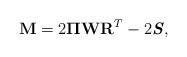
LaTeX: \begin{align*}\displaystyle \mathbf{M}=2\boldsymbol{\Pi}\mathbf{W}\mathbf{R}^T-2\boldsymbol{\mathit{S}},\end{align*}